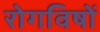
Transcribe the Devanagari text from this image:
रोगविषों